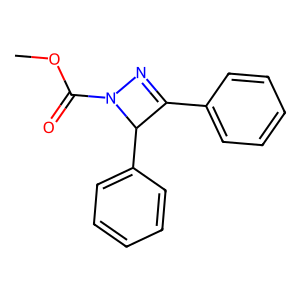
SMILES: COC(=O)N1N=C(c2ccccc2)C1c1ccccc1
Inhibits HIV replication: No